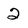
Character: 2